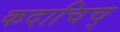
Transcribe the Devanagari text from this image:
कदाचिच्